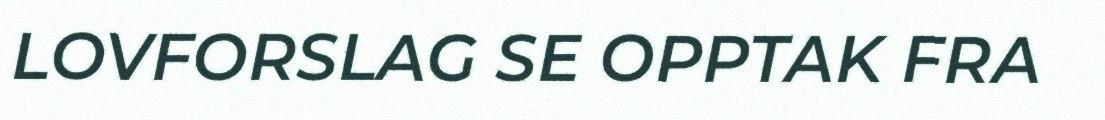
LOVFORSLAG SE OPPTAK FRA